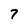
Character: 7